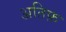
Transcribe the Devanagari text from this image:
अतिफ़